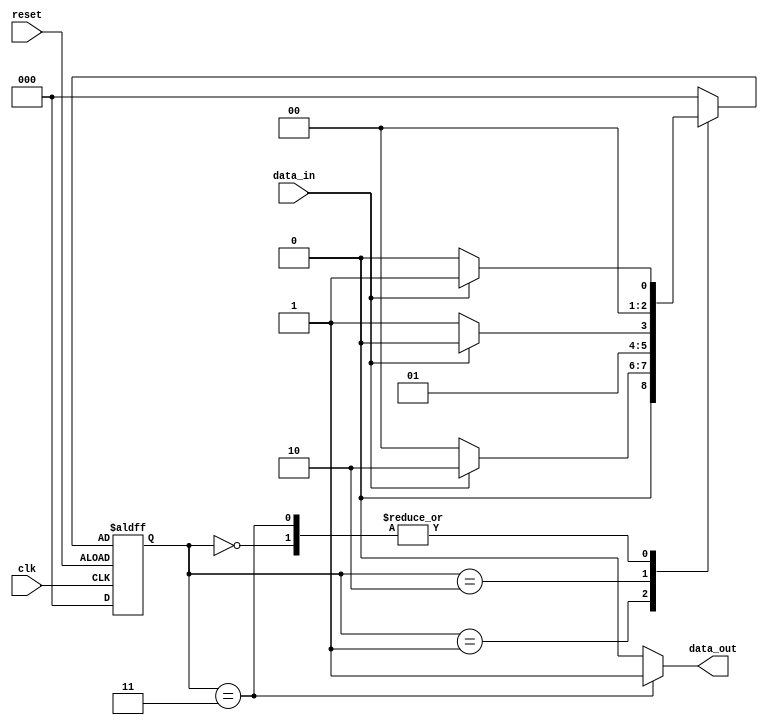
`timescale 1ns / 1ps
//////////////////////////////////////////////////////////////////////////////////
// Company: 
// Engineer: 
// 
// Design Name: 
// Module Name: sequence
// Project Name: 
// Target Devices: 
// Tool Versions: 
// Description: 
// 
// Dependencies: 
// 
// Revision:
// Revision 0.01 - File Created
// Additional Comments:
// 
//////////////////////////////////////////////////////////////////////////////////


module sequence(clk,reset,data_in,data_out);

input clk;
input reset;
input data_in;
output reg data_out;

parameter IDLE=2'b00;
parameter S0=2'b01;
parameter S1=2'b10;
parameter S2=2'b11;

reg [2:0] state;
reg [2:0] nextstate;

reg [2:0] counter;


always@(posedge clk or negedge reset)
begin
  if(reset)begin
     state<=IDLE;
     counter=1'b0;
     end
   else begin
     state<=nextstate;   
     counter<=counter+1'b1;
     end
end

always@(state,data_in)
begin
case(state)
      IDLE:
           begin
             if(data_in ==0)
                nextstate<=IDLE;
             else
                 nextstate<=S0;
           end
      S0: begin
             if(data_in ==0)
                nextstate<=IDLE;
             else
                 nextstate<=S1;
           end    
       S1: begin
             if(data_in ==0)
                nextstate<=S2;
             else
                 nextstate<=S1;
           end
       S2: begin
             if(data_in ==0)
                nextstate<=IDLE;
             else
                 nextstate<=S0;
           end 
       default:nextstate<=IDLE;       

endcase
end

always@(state)
 begin
 case(state)
    IDLE:data_out=1'b0;
      S0:data_out=1'b0;
      S1:data_out=1'b0;
      S2:data_out=1'b1;
      default data_out=1'b0;
    endcase
 end



endmodule